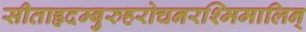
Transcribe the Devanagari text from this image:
सीताहृदम्बुरुहरोचनरश्मिमालिन्